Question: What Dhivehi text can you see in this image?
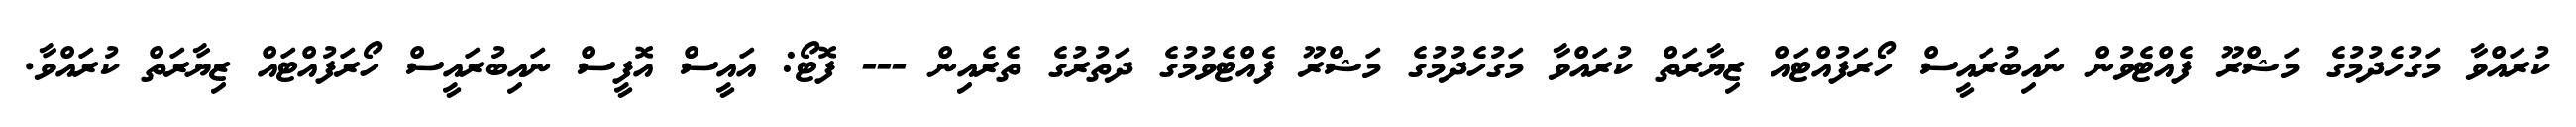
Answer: ކުރައްވާ މަގުހެދުމުގެ މަޝްރޫ ފެއްޓެވުން ނައިބުރައީސް ހޯރަފުއްޓައް ޒިޔާރަތް ކުރައްވާ މަގުހެދުމުގެ މަޝްރޫ ފެއްޓެވުމުގެ ދަތުރުގެ ތެރެއިން --- ފޮޓޯ: އައީސް އޮފީސް ނައިބުރައީސް ހޯރަފުއްޓައް ޒިޔާރަތް ކުރައްވާ.